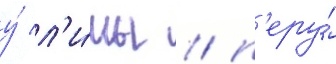
у́ л'и́мы / п'еру́